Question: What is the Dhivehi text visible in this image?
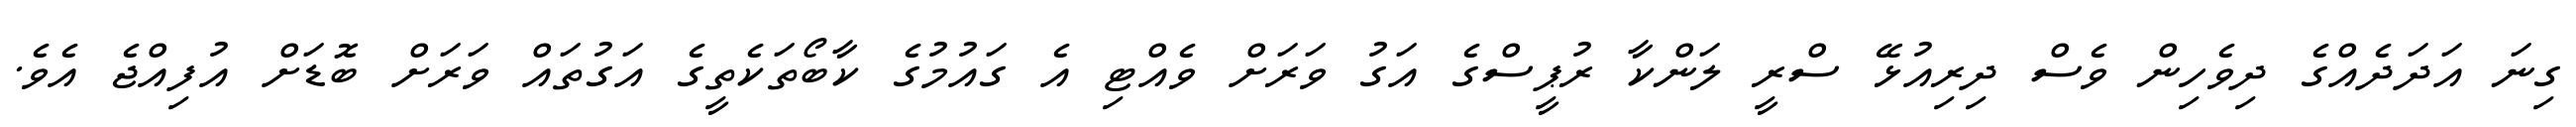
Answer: ގިނަ އަދަދެއްގެ ދިވެހިން ވެސް ދިރިއުޅޭ ސްރީ ލަންކާ ރުޕީސްގެ އަގު ވަރަށް ވެއްޓި އެ ގައުމުގެ ކާބޯތަކެތީގެ އަގުތައް ވަރަށް ބޮޑަށް އުފިއްޖެ އެވެ.